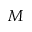
M